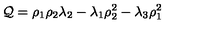
{ \cal Q } = \rho _ { 1 } \rho _ { 2 } \lambda _ { 2 } - \lambda _ { 1 } \rho _ { 2 } ^ { 2 } - \lambda _ { 3 } \rho _ { 1 } ^ { 2 }